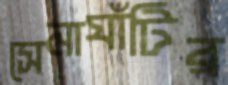
সেনাঘাঁটির